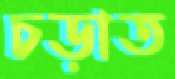
চড়াত